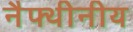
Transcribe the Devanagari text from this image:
नैफ्थीनीय